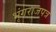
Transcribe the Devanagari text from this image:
भृंगराजपत्र